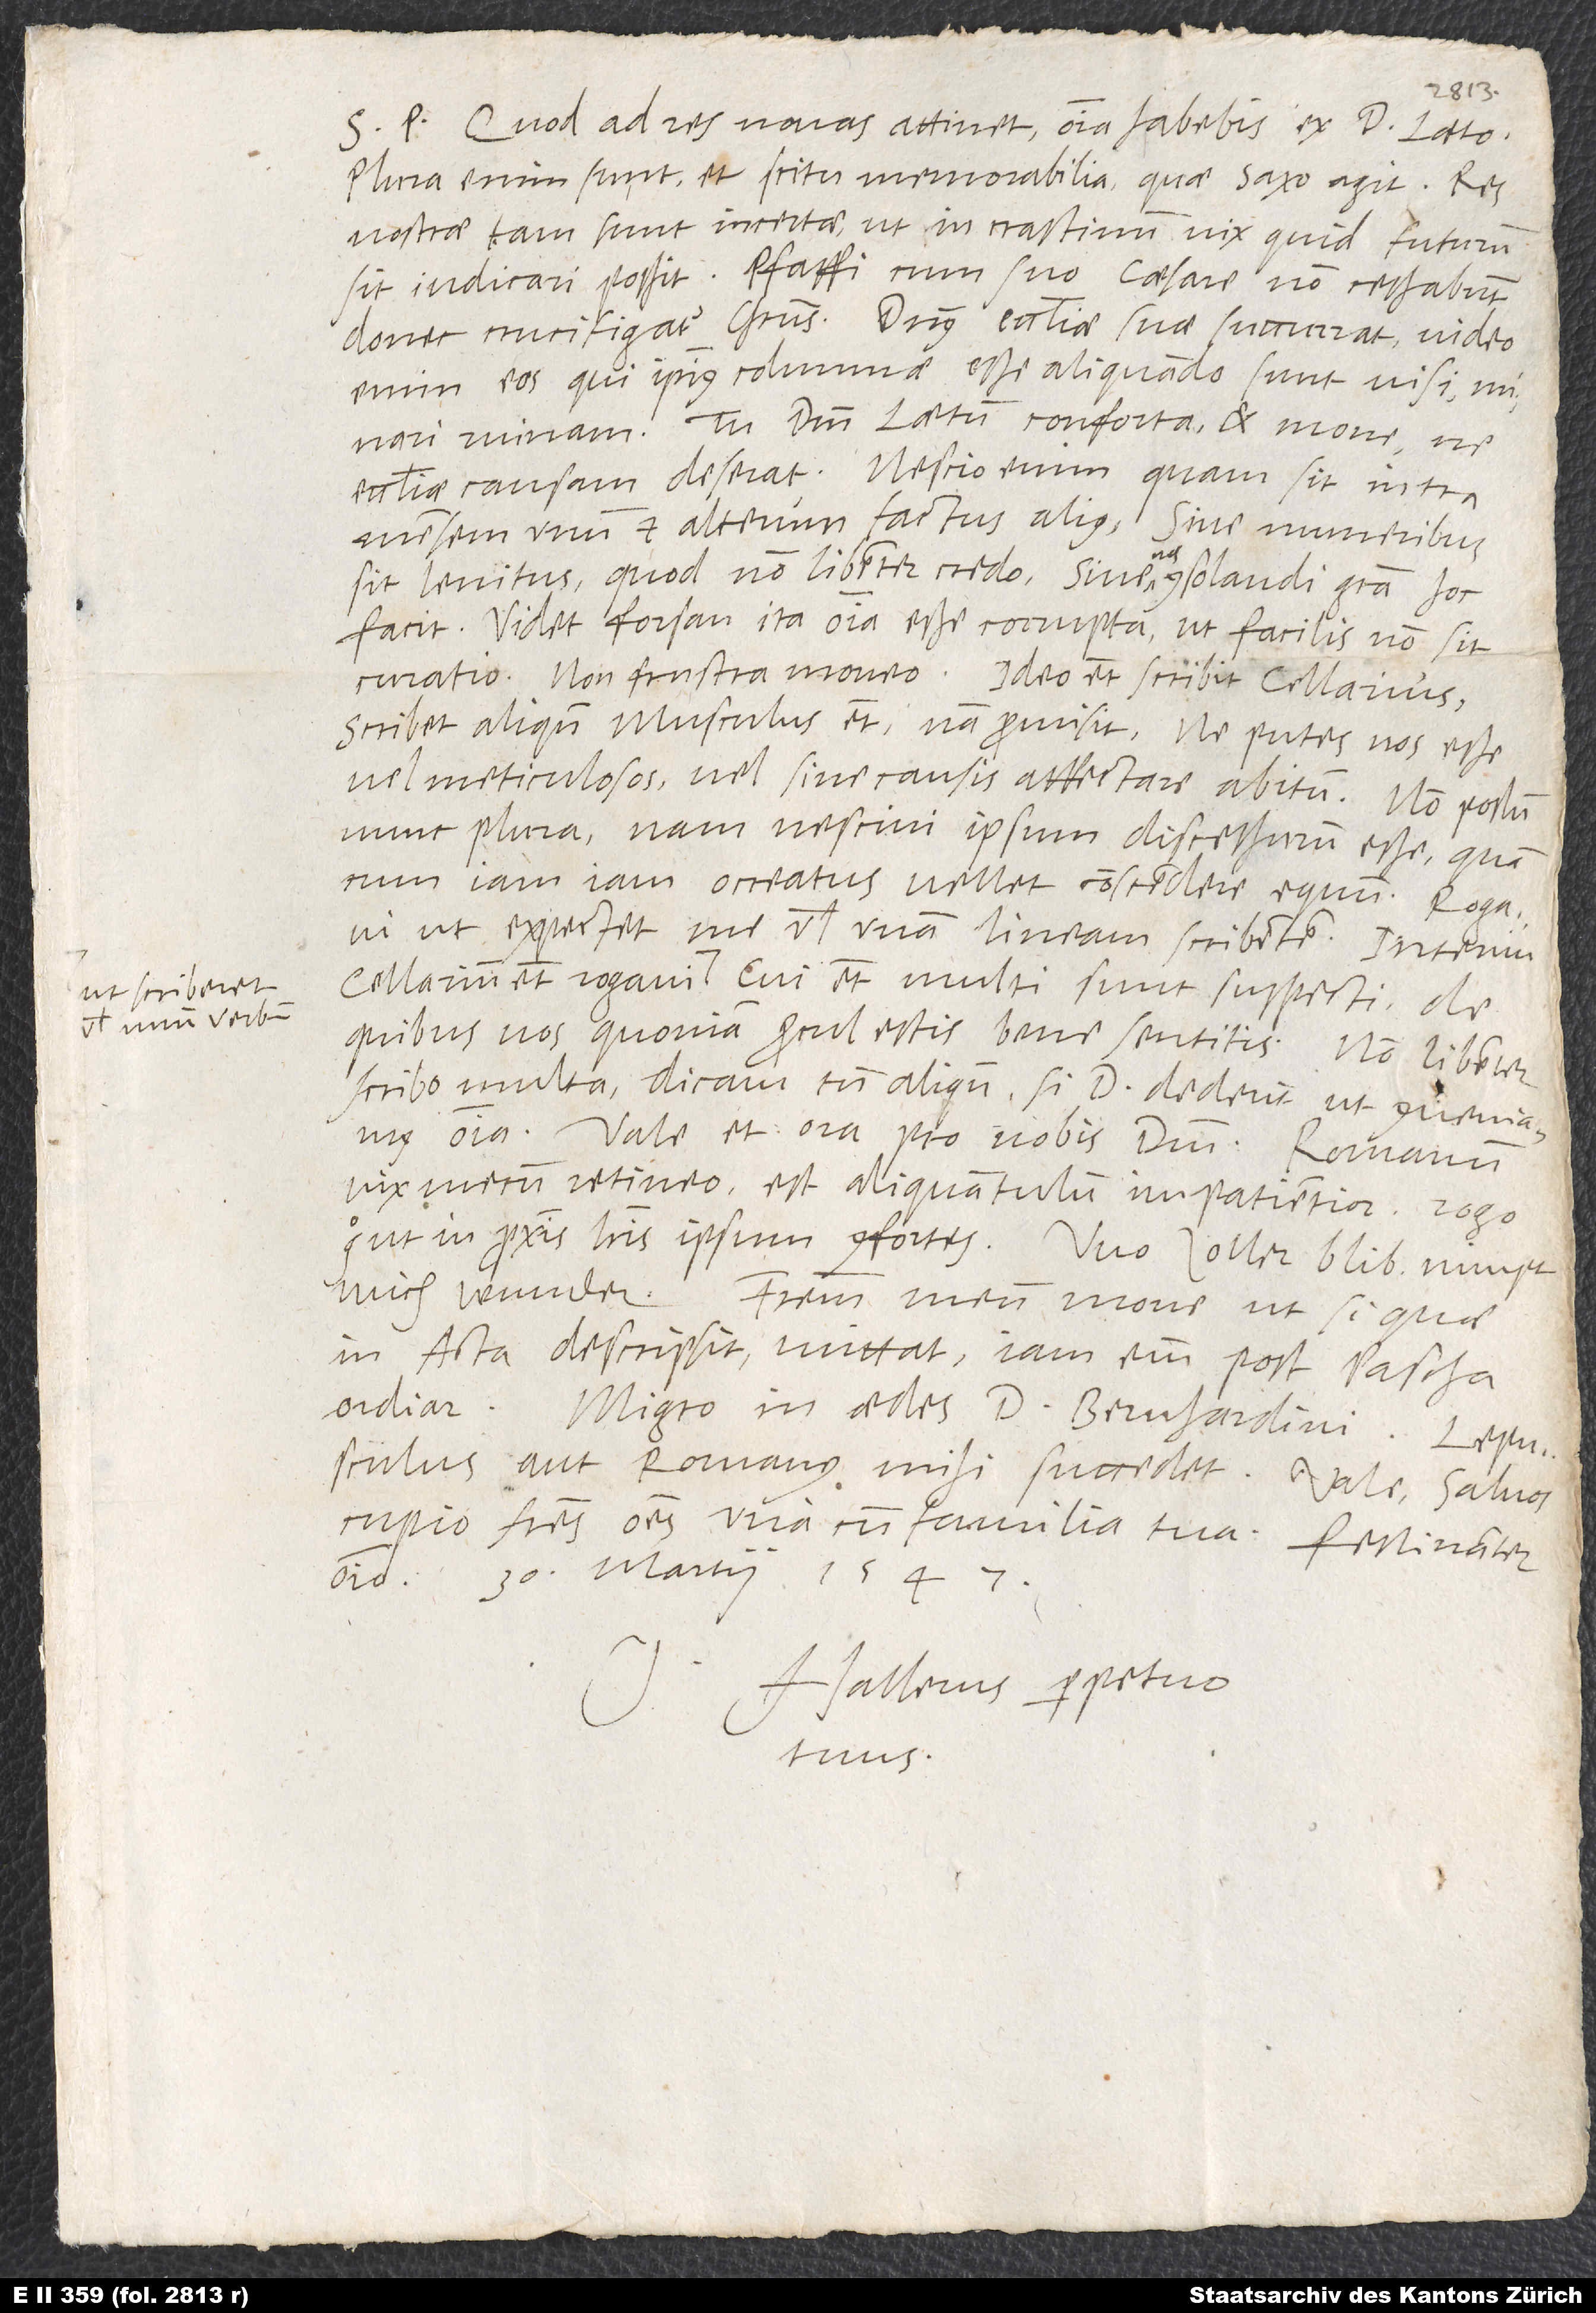
ut scriberet
vel unum verbum,

S. P. Quod ad res novas attinet, omnia habebis ex d. Laeto.
Plura enim sunt et scitu memorabilia, quae Saxo agit. Res
nostrae tam sunt incertae, ut in crastinum vix, quid futurum
sit, iudicari possit. Pfaffi cum suo caesare non cessabunt,
donec crucifigatur Christus! Dominus ecclesiae suae succurrat! Video
enim eos, qui ipsius columnae esse aliquando sunt visi, minari
ruinam. Tu dominum Laetum conforta et mone, ne
ecclesiae causam deserat. Nescio enim, quam sit intra
mensem unum et alterum factus alius, sive muneribus
sit lenitus (quod non libenter credo), sive nos consolandi gratia hoc
facit. Videt forsan ita omnia esse corrupta, ut facilis non sit
curatio. Non frustra moneo. Ideo etiam scribit Cellarius.
Scribet aliquando Musculus etiam (nam promisit), ne putes nos esse
vel meticulosos vel sine causis affectare abitum. Non possum
nunc plura, nam nescivi ipsum discessurum esse, quam
cum iamiam ocreatus vellet conscendere equum. Rogavi,
ut expectet me vel unam lineam scribentem. Interim
quibus vos, quoniam procul estis, bene sentitis. Non libenter
scribo multa. Dicam tamen aliquando, si dominus dederit, ut conveniamus,
omnia. Vale et ora pro nobis dominum. Romanum
vix mecum retineo. Est aliquantulum impatientior. Rogo
ut in proximis literis ipsum confortes. Wo Zoller blib, nimpt
mich wunder. Fratrem meum mone, ut, si quae
in Acta descripsit, mittat. Iam enim post pascha
ordiar. Migro in aedes d. Bernardini. Lepusculus
aut Romanus mihi succedet. Vale. Salvos
cupio fratres omnes una cum familia tua. Festinanter
omnino. 30. martii 1547.
Hallerus, perpetuo
tuus.